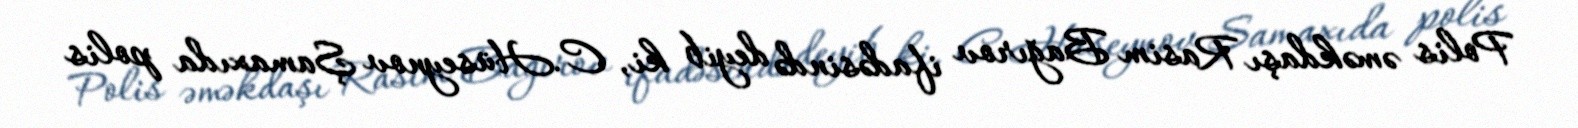
Polis əməkdaşı Rasim Bağırov ifadəsində deyib ki, C.Hüseynov Şamaxıda polis